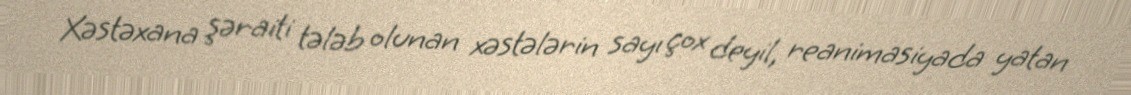
Xəstəxana şəraiti tələb olunan xəstələrin sayı çox deyil, reanimasiyada yatan